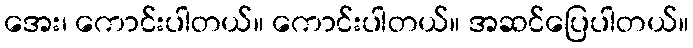
အေး၊ ကောင်းပါတယ်။ ကောင်းပါတယ်။ အဆင်ပြေပါတယ်။